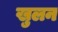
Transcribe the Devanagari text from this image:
खुलन